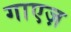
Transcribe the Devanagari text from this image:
गाएज़